画像に写った文字を読んでください
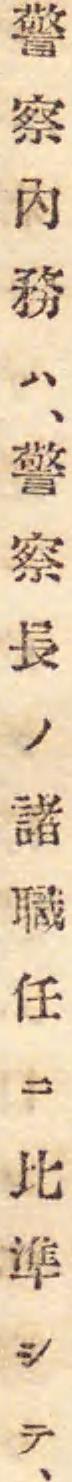
「警察內務ハ、警察長ノ諸職任ニ比準シテ、」と書いてあります